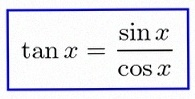
\tan x=\frac{\sin x}{\cos x}